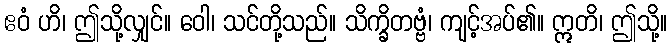
ဧဝံ ဟိ၊ ဤသို့လျှင်။ ဝေါ၊ သင်တို့သည်။ သိက္ခိတဗ္ဗံ၊ ကျင့်အပ်၏။ ဣတိ၊ ဤသို့။